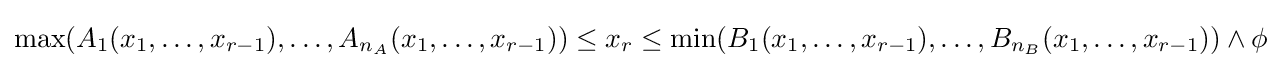
\max(A_{1}(x_{1},\dots ,x_{r-1}),\dots ,A_{n_{A}}(x_{1},\dots ,x_{r-1}))\leq x_{r}\leq \min(B_{1}(x_{1},\dots ,x_{r-1}),\dots ,B_{n_{B}}(x_{1},\dots ,x_{r-1}))\wedge \phi